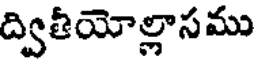
ద్వితీయోల్లాసము